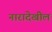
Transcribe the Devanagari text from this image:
नारादेखील